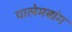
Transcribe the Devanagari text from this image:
पालेमबांग